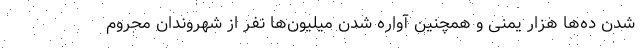
شدن ده‌ها هزار یمنی و همچنین آواره شدن میلیون‌ها نفر از شهروندان محروم